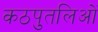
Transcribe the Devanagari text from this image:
कठपुतलिओं